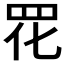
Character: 𫅁